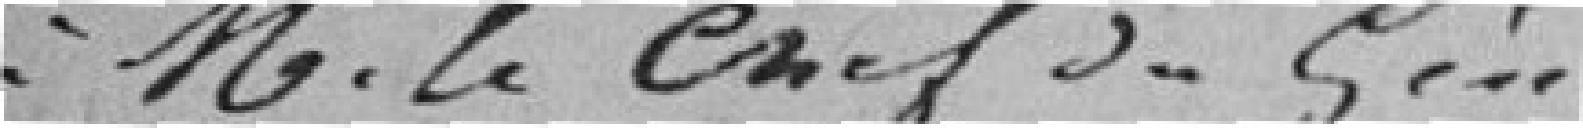
M. le chef du Génie